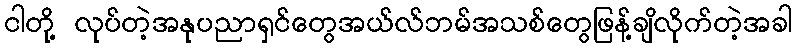
ငါတို့ လုပ်တဲ့အနုပညာရှင်တွေအယ်လ်ဘမ်အသစ်တွေဖြန့်ချိလိုက်တဲ့အခါ